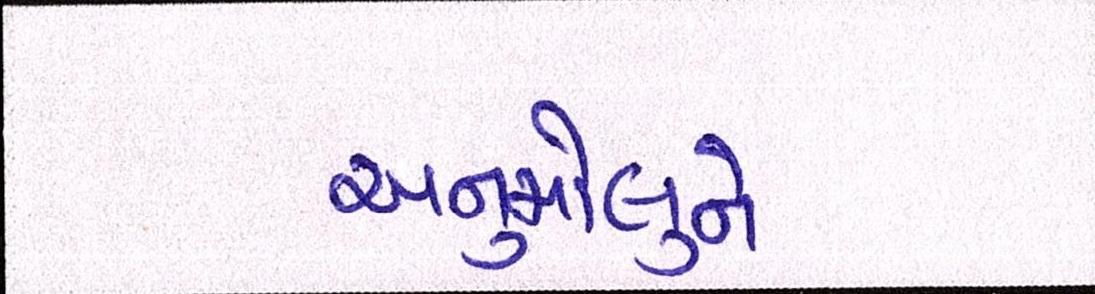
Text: અનુમોલુને